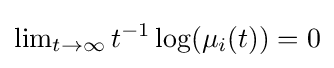
\operatorname {lim} _{t\rightarrow \infty }t^{-1}\log(\mu _{i}(t))=0